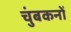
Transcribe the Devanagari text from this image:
चुंबकनों